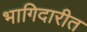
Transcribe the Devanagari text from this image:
भागिदारीत